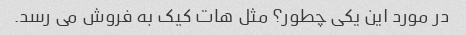
در مورد این یکی چطور؟ مثل هات کیک به فروش می رسد.